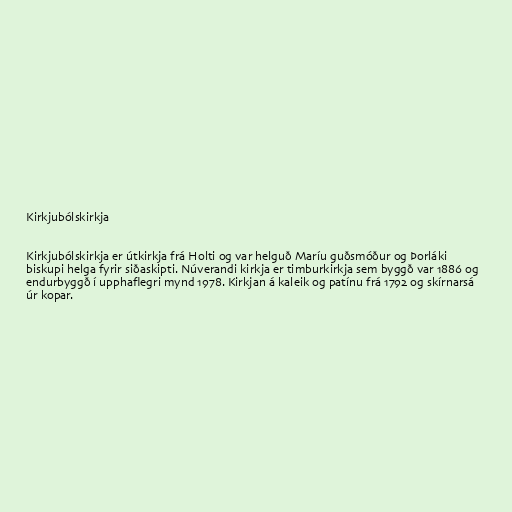
Kirkjubólskirkja

Kirkjubólskirkja er útkirkja frá Holti og var helguð Maríu guðsmóður og Þorláki
biskupi helga fyrir siðaskipti. Núverandi kirkja er timburkirkja sem byggð var 1886 og
endurbyggð í upphaflegri mynd 1978. Kirkjan á kaleik og patínu frá 1792 og skírnarsá
úr kopar.